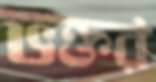
ভক্তর